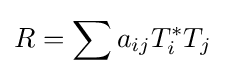
\displaystyle {R=\sum a_{ij}T_{i}^{*}T_{j}}